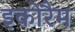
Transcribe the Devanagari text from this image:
इकोरैम